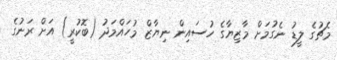
މެޗުގެ ލީޑު ނެގުމަށް މާޒިޔާގެ ހުސައިން ނިޔާޒް މުހައްމަދު (ބޮކުރީ) އަށް ރަނުގެ